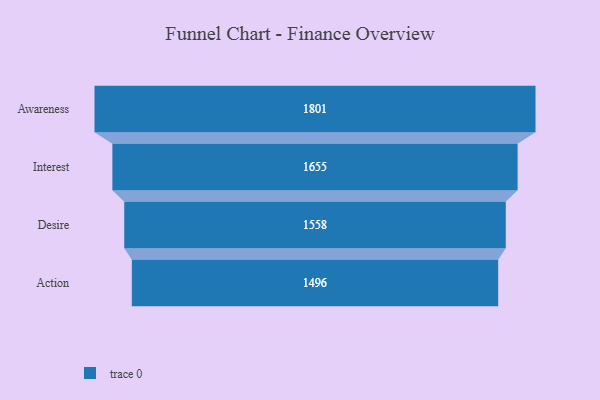
{"axis": {"x": "Stage", "y": "Value"}, "legend": [""], "data": [{"x": "Awareness", "y": 1801.0, "type": ""}, {"x": "Interest", "y": 1655.0, "type": ""}, {"x": "Desire", "y": 1558.0, "type": ""}, {"x": "Action", "y": 1496.0, "type": ""}]}